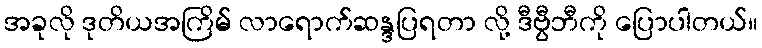
အခုလို ဒုတိယအကြိမ် လာရောက်ဆန္ဒပြရတာ လို့ ဒီဗွီဘီကို ပြောပါတယ်။